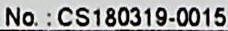
NO. : CS180319-0015